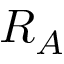
R _ { A }